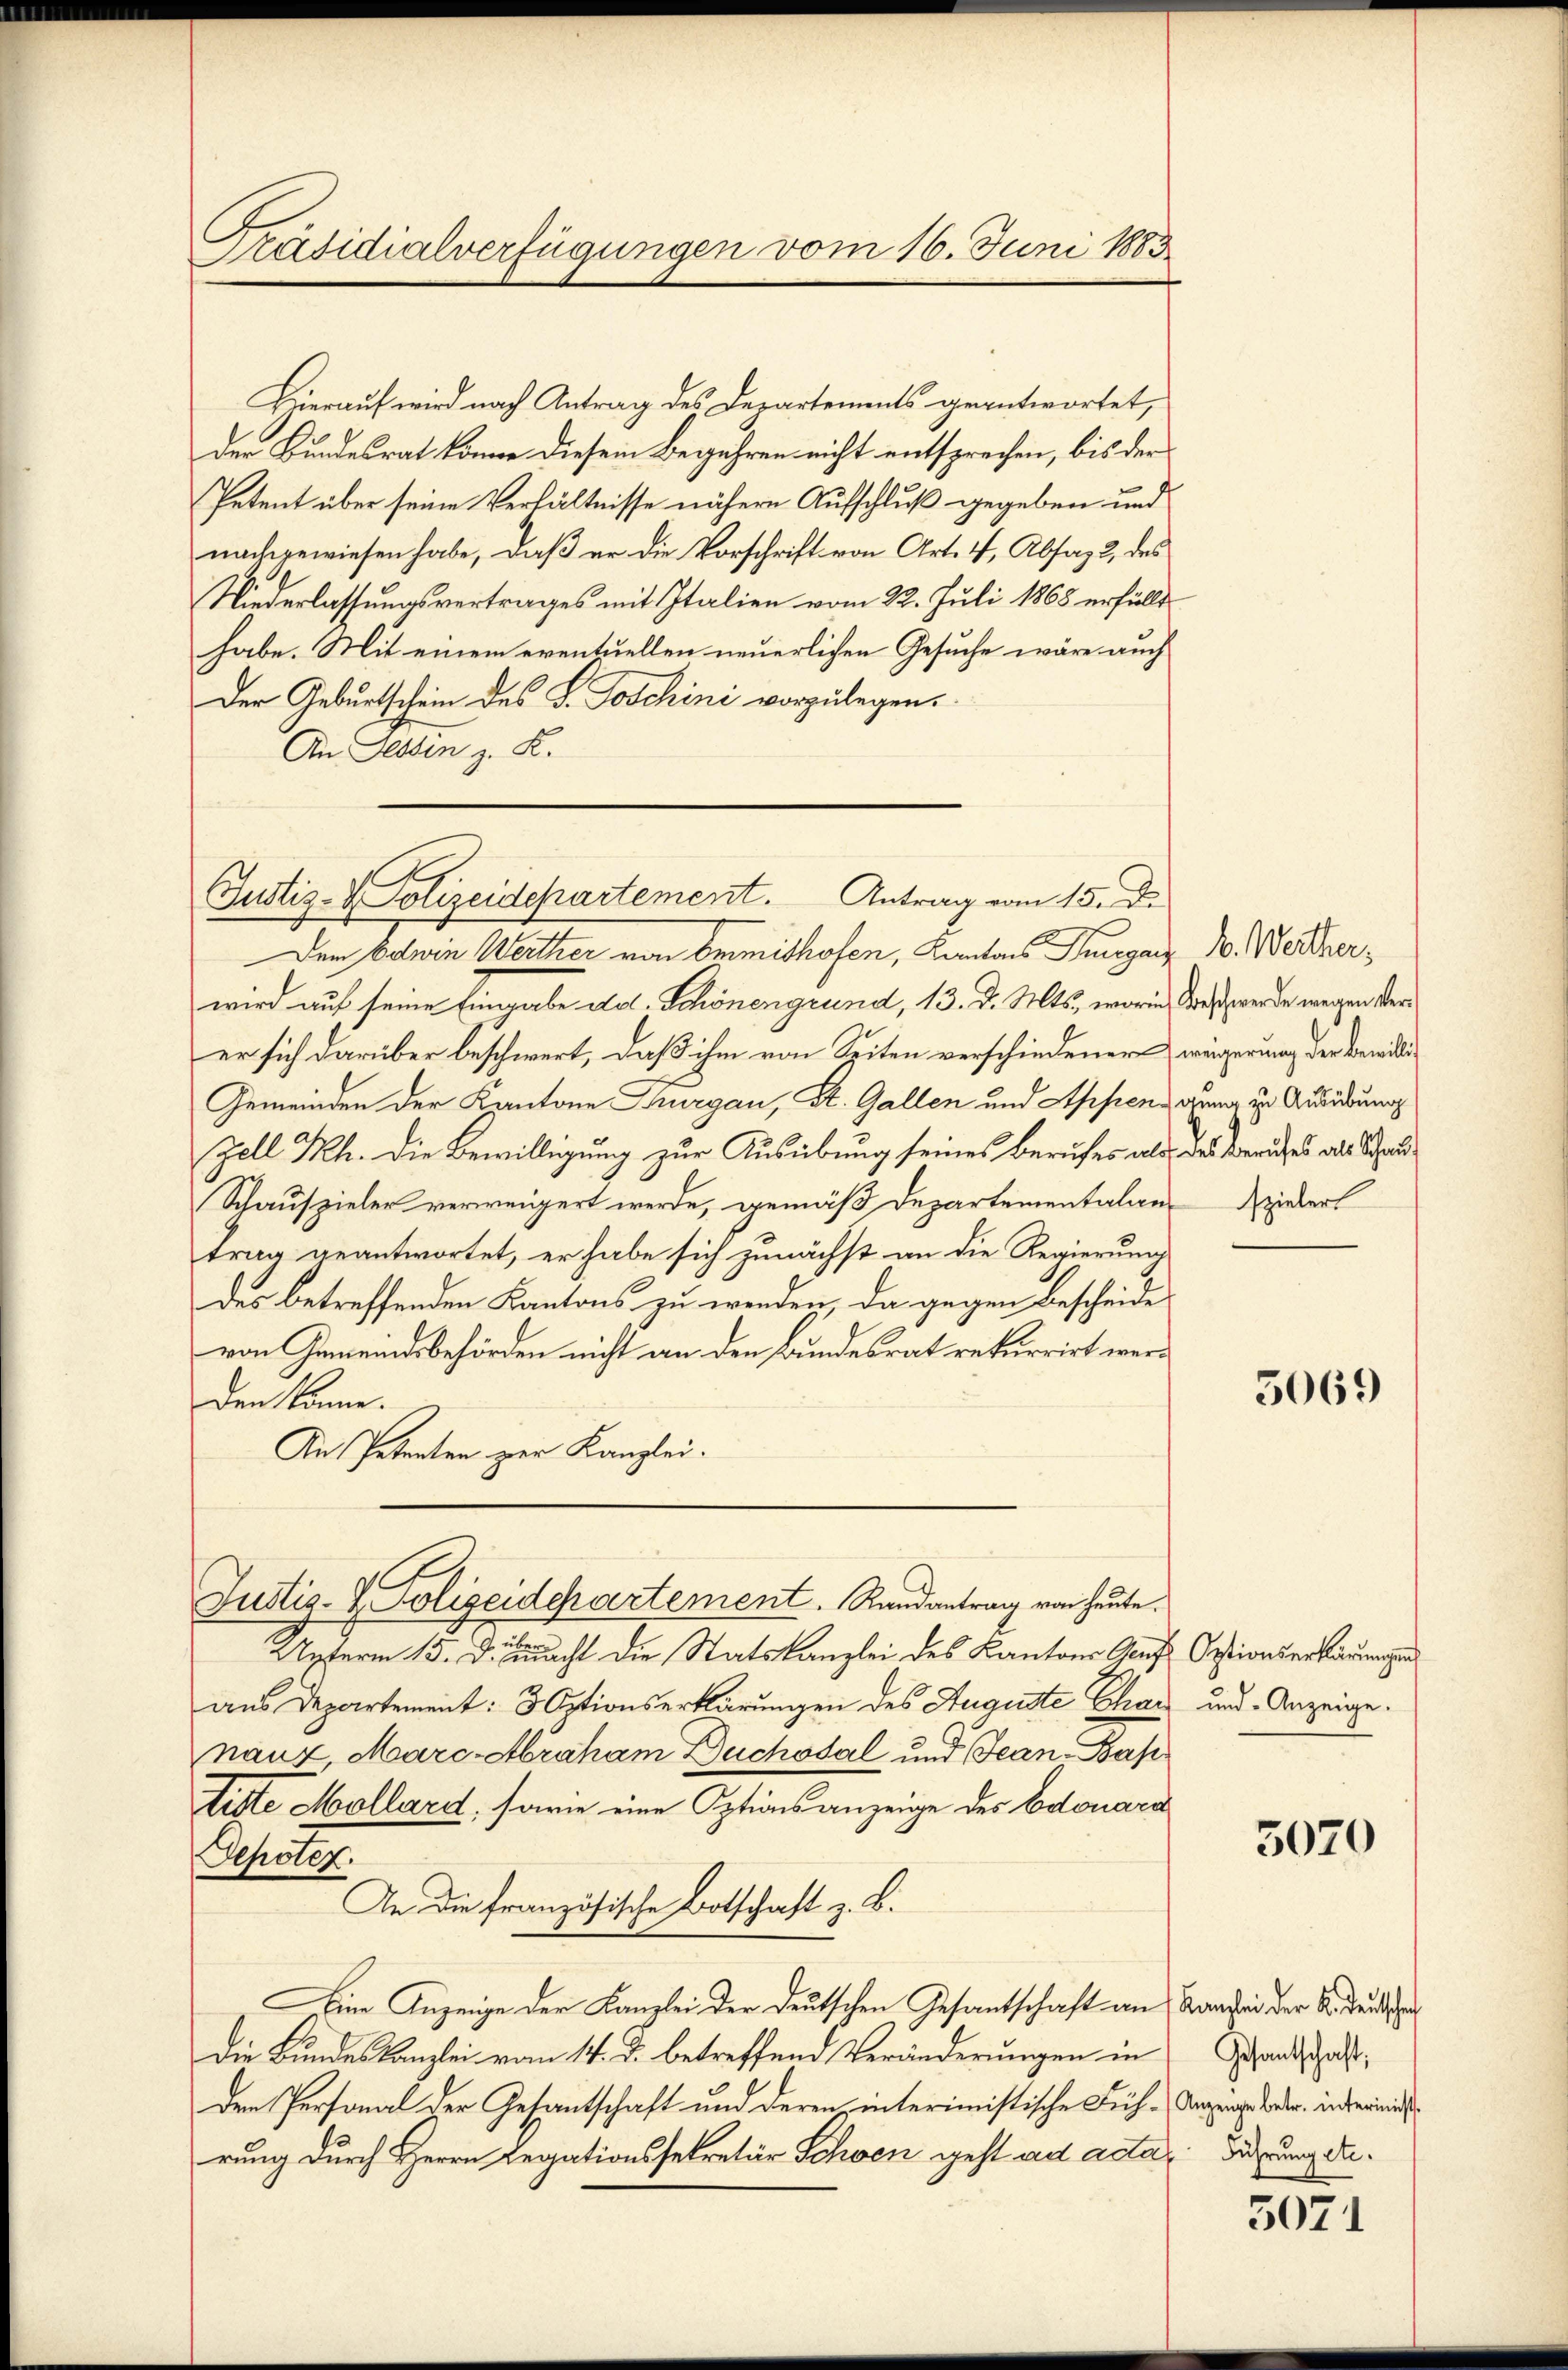
Präsidialverfügungen vom 16. Juni 1883

Hierauf wird nach Antrag des Departements geantwortet,
der Bundesrat könne diesem Begehren nicht entsprechen, bis der
Petent über seine Verhältnisse nähere Aufschluß gegeben und
nachgewiesen habe, daß er die Vorschrift von Art. 4, Absag 2 des
Niederlassungsvertrages mit Italien vom 22. Juli 1868 erfüllt
habe. Mit einem eventuellen neuerlichen Gesuche wäre auch
Der Geburtschein des S. Joschini vorzulegen.
An Dessen z. B.

Justiz- & Polizeidepartement. Antrag vom 15. d.

Dem Edwin Werther von Ommithofen, Kantons Thurganz
wird auf seine Eingabe del. Schönengrund, 13. d. Mts., worin
er sich darüber beschwert, daß ihm von Seiten verschiedener
Gemeinden der Kantone Thurgau, St. Gallen und Appen gung zu Ausübung
Zell Kh. Die Bewilligung zur Ausübung seines Berufes als des Beriches als Schau
Schauspieler verweigert werde, gemäß Departementalantrag geantwortet, er habe sich zunächst an die Regierung
des betreffenden Kantons zu werden, da gegen Bescheide
von Gemeindsbehörden nicht an den Bundesrat rekurrirt werden könne.
An Petenten zur Kanzlei.

Justiz- & Polizeidepartement. Randantrag von heute.

Unterm 15. Demnacht die Statskanzlei des Kantons Gruf
aus Departement: 3 Optionserklärungen des Auguste Char
nanz, Marc-Abraham Duchosal und Jean Pas
titte Mollard, sowie eine Optionsanzeige des Edouara
Depoten.
An die französische Botschaft z. B.
Eine Anzeige der Kanzlei der deutschen Gesantschaft an Kanzen der Bedeutsche
Die Bundeskanzlei vom 14. d. betreffend Veränderungen in
Den Personal der Gesandtschaft und deren interimistische Füh-Aarrage betr. indernied
rung durch Herrn Legationssekretär Schoen geht ad acta, Figung da¬

B. Weither,
Beschwerde wegen Verweigerung der Bewillig
spieler

5069

Optionserklärungen
und Anzeige.

3070

Gesandtschaft,

5071